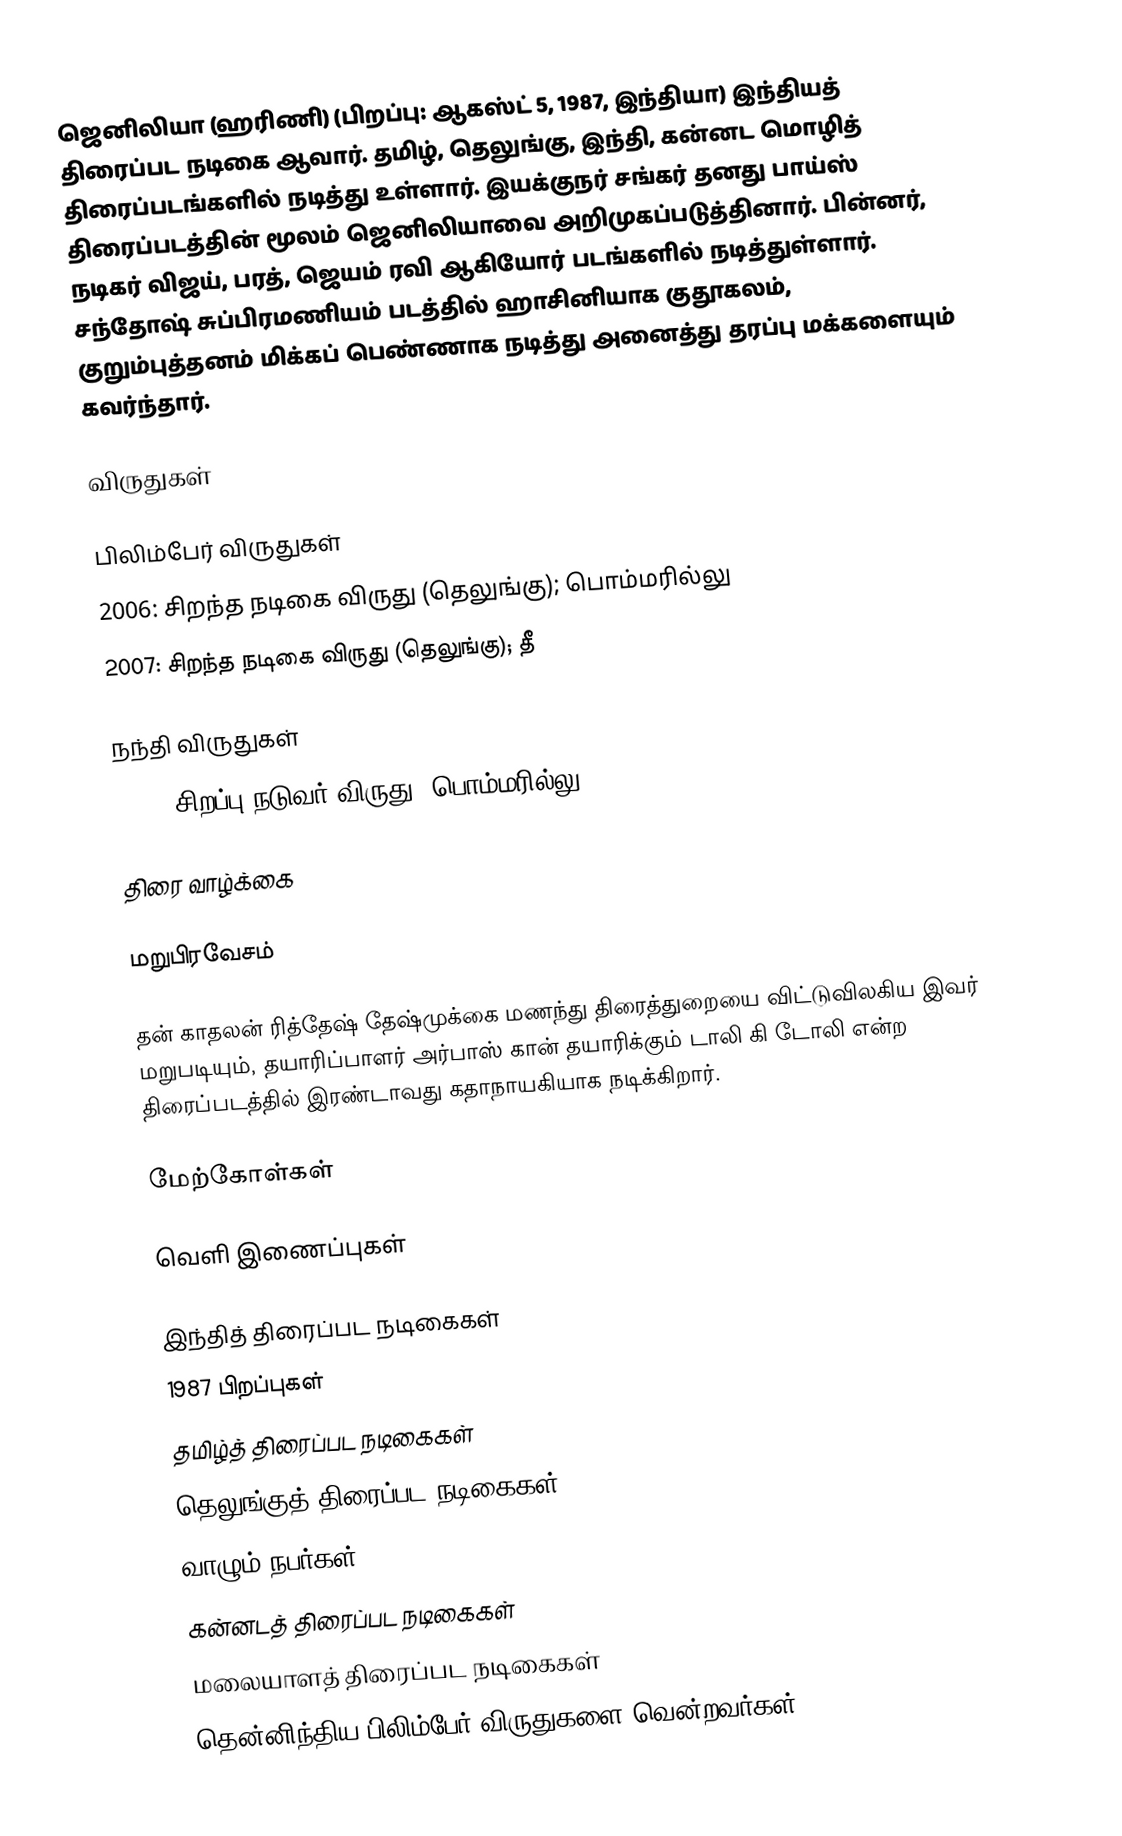
ஜெனிலியா (ஹரிணி) (பிறப்பு: ஆகஸ்ட் 5, 1987, இந்தியா) இந்தியத் திரைப்பட நடிகை ஆவார். தமிழ், தெலுங்கு, இந்தி, கன்னட மொழித் திரைப்படங்களில் நடித்து உள்ளார். இயக்குநர் சங்கர் தனது பாய்ஸ் திரைப்படத்தின் மூலம் ஜெனிலியாவை அறிமுகப்படுத்தினார். பின்னர், நடிகர் விஜய், பரத், ஜெயம் ரவி ஆகியோர் படங்களில் நடித்துள்ளார்.  சந்தோஷ் சுப்பிரமணியம் படத்தில் ஹாசினியாக குதூகலம், குறும்புத்தனம் மிக்கப் பெண்ணாக நடித்து அனைத்து தரப்பு மக்களையும் கவர்ந்தார்.

விருதுகள்

பிலிம்பேர் விருதுகள்
 2006: சிறந்த நடிகை விருது (தெலுங்கு); பொம்மரில்லு
 2007: சிறந்த நடிகை விருது (தெலுங்கு); தீ

நந்தி விருதுகள்
 2006: சிறப்பு நடுவர் விருது; பொம்மரில்லு

திரை வாழ்க்கை

மறுபிரவேசம்

தன் காதலன் ரித்தேஷ் தேஷ்முக்கை மணந்து திரைத்துறையை விட்டுவிலகிய இவர் மறுபடியும், தயாரிப்பாளர் அர்பாஸ் கான் தயாரிக்கும் டாலி கி டோலி என்ற திரைப்படத்தில் இரண்டாவது கதாநாயகியாக நடிக்கிறார்.

மேற்கோள்கள்

வெளி இணைப்புகள்

இந்தித் திரைப்பட நடிகைகள்
1987 பிறப்புகள்
தமிழ்த் திரைப்பட நடிகைகள்
தெலுங்குத் திரைப்பட நடிகைகள்
வாழும் நபர்கள்
கன்னடத் திரைப்பட நடிகைகள்
மலையாளத் திரைப்பட நடிகைகள்
தென்னிந்திய பிலிம்பேர் விருதுகளை வென்றவர்கள்